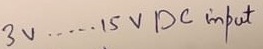
Text: 3V.....15V DC input